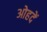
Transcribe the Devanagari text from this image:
ओहदें